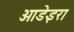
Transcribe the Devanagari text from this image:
ओडेइरा